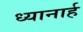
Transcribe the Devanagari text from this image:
ध्यानार्ह